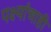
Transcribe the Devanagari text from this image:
पक्ष्यांचाही